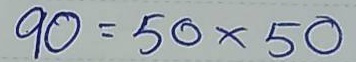
90 = 50x50